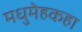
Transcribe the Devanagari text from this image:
मधुमेहकहा